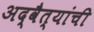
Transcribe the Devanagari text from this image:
अद्वैत्यांची